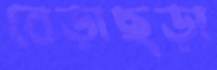
বেড়াছড়া